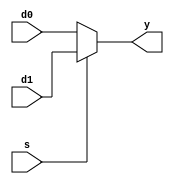
// mux2
module mux2 #(parameter WIDTH = 8)
             (d0, d1,
              s, y);
              
    input  [WIDTH-1:0] d0, d1;
    input              s;
    output [WIDTH-1:0] y;          
              
    assign y = ( s == 1'b1 ) ? d1:d0;
    
endmodule

// mux4
module mux4 #(parameter WIDTH = 8)
             (d0, d1, d2, d3,
              s, y);
    
    input  [WIDTH-1:0] d0, d1, d2, d3;
    input  [1:0] s;
    output [WIDTH-1:0] y;
    
    reg [WIDTH-1:0] y_r;
    
    always @( * ) begin
        case ( s )
            2'b00: y_r = d0;
            2'b01: y_r = d1;
            2'b10: y_r = d2;
            2'b11: y_r = d3;
            default: ;
        endcase             
    end // end always
    
    assign y = y_r;
        
endmodule

// mux8
module mux8 #(parameter WIDTH = 8)
             (d0, d1, d2, d3,
              d4, d5, d6, d7,
              s, y);
    
    input  [WIDTH-1:0] d0, d1, d2, d3;
    input  [WIDTH-1:0] d4, d5, d6, d7;
    input  [2:0]       s;
    output [WIDTH-1:0] y;
    
    reg [WIDTH-1:0] y_r;
    
    always @( * ) begin
        case ( s )
            3'd0: y_r = d0;
            3'd1: y_r = d1;
            3'd2: y_r = d2;
            3'd3: y_r = d3;
            3'd4: y_r = d4;
            3'd5: y_r = d5;
            3'd6: y_r = d6;
            3'd7: y_r = d7;
            default: ;
        endcase
    end // end always
    
    assign y = y_r;    
    
endmodule

// mux16
module mux16 #(parameter WIDTH = 8)
             (d0, d1, d2, d3,
              d4, d5, d6, d7,
              d8, d9, d10, d11,
              d12, d13, d14, d15,
              s, y);
    
    input [WIDTH-1:0] d0, d1, d2, d3;
    input [WIDTH-1:0] d4, d5, d6, d7;
    input [WIDTH-1:0] d8, d9, d10, d11;
    input [WIDTH-1:0] d12, d13, d14, d15;
    input [3:0] s;
    output [WIDTH-1:0] y;
    
    reg [WIDTH-1:0] y_r;
    
    always @( * ) begin
        case ( s )
            4'd0:  y_r = d0;
            4'd1:  y_r = d1;
            4'd2:  y_r = d2;
            4'd3:  y_r = d3;
            4'd4:  y_r = d4;
            4'd5:  y_r = d5;
            4'd6:  y_r = d6;
            4'd7:  y_r = d7;
            4'd8:  y_r = d8;
            4'd9:  y_r = d9;
            4'd10: y_r = d10;
            4'd11: y_r = d11;
            4'd12: y_r = d12;
            4'd13: y_r = d13;
            4'd14: y_r = d14;
            4'd15: y_r = d15;
            default: ;
        endcase
    end // end always
    
    assign y = y_r;    
    
endmodule